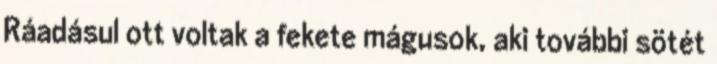
Ráadásul ott voltak a fekete mágusok, aki további sötét